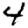
Digit: 4